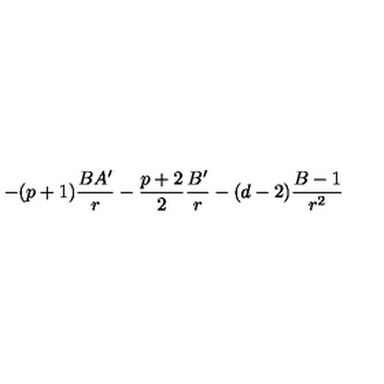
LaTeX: - ( p + 1 ) \frac { B A ^ { \prime } } { r } - \frac { p + 2 } { 2 } \frac { B ^ { \prime } } { r } - ( d - 2 ) \frac { B - 1 } { r ^ { 2 } }